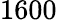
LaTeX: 1600